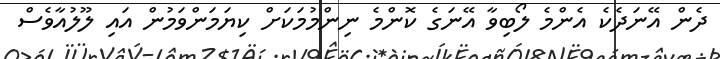
ދެން އޭނަދެކެ އެންމެ ލޯބިވާ އޭނަގެ ކޮންމެ ނިންމުމަކަށް ކިޔަމަންވަމުން އައި ލޫލުއާވެސް